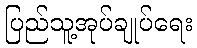
ပြည်သူ့အုပ်ချုပ်ရေး